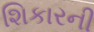
શિકારની